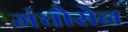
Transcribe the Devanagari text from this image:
मंचौसेन